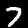
Label: 7